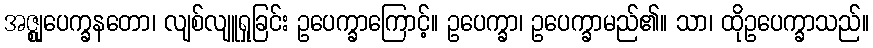
အဇ္ဈုပေက္ခနတော၊ လျစ်လျူရှုခြင်း ဥပေက္ခာကြောင့်။ ဥပေက္ခာ၊ ဥပေက္ခာမည်၏။ သာ၊ ထိုဥပေက္ခာသည်။